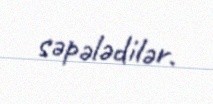
səpələdilər.